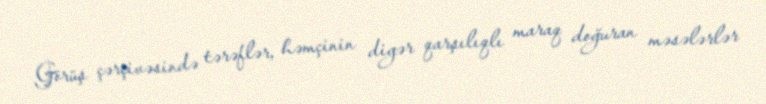
Görüş çərçivəsində tərəflər, həmçinin digər qarşılıqlı maraq doğuran məsələrlər